Cholera in India, 1862 to 1881
Year: 1862
Disease focus: Cholera
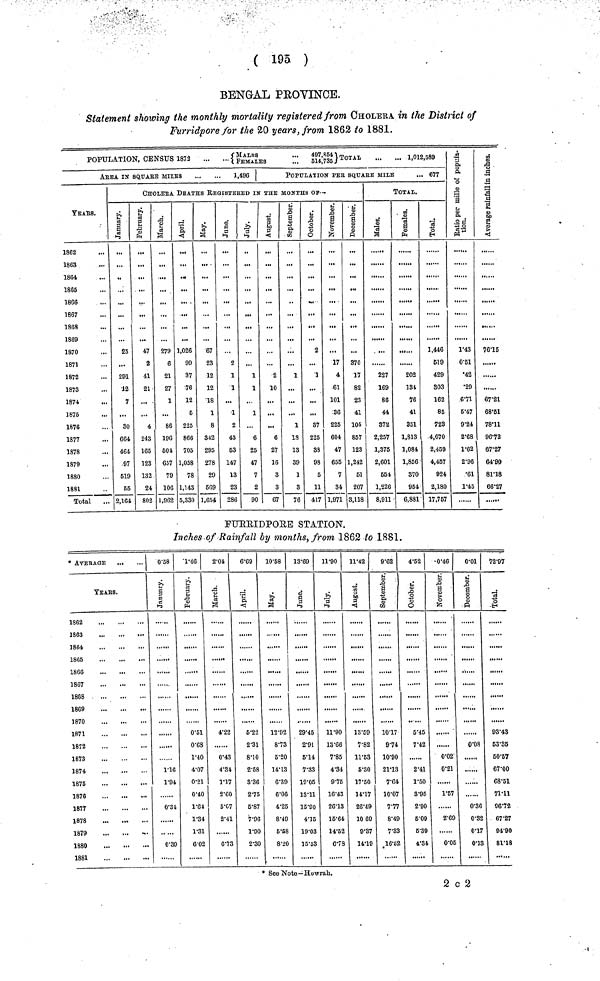
( 195 )
BENGAL PROVINCE.
Statement showing the monthly mortality registered from CHOLERA. in the District of
Furridpore for the 20 years, from 1862 to 1881.
POPULATION, CENSUS 1873 {MALES ... FEMALES... 497,854} TOTAL 1,012,589
AREA IN SQUARE
MILES
1,496
YEARS.
1862
1863
1864
1865
1866
1867
1868
1869
1870
1871
1872
1873
1874
1875
1876
1877
1878
1879
1880
1881
Total
POPULATION PEE SQUARE MILE
... 677
CHOLERA DEATHS REGISTERED IN THE MONTHS OF—
January.
25
...
291
12
7
80
664
464
97
519
55
2,164
February.
47
2
41
21
...
4
243
165
123
132
24
802
March.
279
6
21
27
1
86
196
504
657
79
106
1,962
April.
1,026
99
37
76
12
5
225
866
705
1,058
78
1,143
5,330
May.
67
23
12
12
18
1
8
342
295
278
29
569
1,654
June.
2
1
1
1
2
43
53
147
13
23
286
July.
1
1
1
...
6
25
47
7
2
90
August.
2
10
...
...
6
27
16
3
3
67
September.
1
...
...
1
18
13
39
1
3
76
October.
2
1
...
...
37
225
33
98
5
11
417
November.
17
4
61
101
36
225
604
47
655
7
34
1,971
December.
370
17
82
23
41
105
857
123
1,242
61
207
3,118
TOTAL.
Males.
227
169
86
44
372
2,257
1,375
2,601
551
1,226
8,911
Females.
202
131
76
41
351
1,813
1,084
1,856
370
954
6;881
Total.
1,446
519
429
303
162
85
723
4,070
2,459
4,457
924
2,180
17,757
Ratio per mille
of population.
1.43
0.51
•42
•29
6.71
5.47
9.24
2.68
1.62
2.96
•61
1.45
Average rainfall
in inches.
70.15
......
67.21
68.51
78.11
96.72
67.27
64.90
81.18
66.27
FURRIDPORE STATION.
Inches of Rainfall by months, from 1862 to 1881.
* AVERAGE
yEArs.
1862
1863
1868
1867
1868
1869
1870
1871
1872
1873
1874
1875
1876
1877
1878
1879
1880
1881
0.58
January.
1.16
1.94
0.34
0.39
1.46
February.
0.51
0.68
1.40
4.07
0.21
0.40
1.04
1.34
1.31
6.02
2.04
March.
4.22
0.43
4.34
1.17
2.60
5.07
2.41
6.73
6.69
April.
5.22
2.31
8.10
2.58
3.36
2.75
6.87
7.96
1.90
2.30
10.58
May.
12.92
8.73
5.20
14.13
6.39
6.06
4.25
8.49
5.58
8.20
13.69
June.
29.45
2.91
5.14
7.33
19.05
13.11
15.90
4.15
19.03
15.53
11.90
July.
11.90
13.66
7.85
4.34
9.75
16.43
26.13
15.64
14.52
6.78
11.42
August.
13.59
7.82
11.53
5.30
17.50
14.17
26.49
10 69
9.37
14.19
9.62
September.
10.17
9.74
10.90
21.13
7.64
10.07
7.77
8.49
7.33
16.52
4.52
October.
5.45
7.42
2.41
1.50
3.95
2.90
5.09
5.39
4.84
-0.46
November
......
0.02
0.21
1.57
2.69
0.05
0.10
December.
0.03
0.36
0.32
0.17
0.13
72.97
Total.
93.43
53.35
50.57
67.00
68.51
71.11
96.72
67.27
94.90
81.18
* See Note—Howrah.
2 c 2